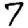
Digit: 7